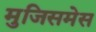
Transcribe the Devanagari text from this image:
मुजिसमेस